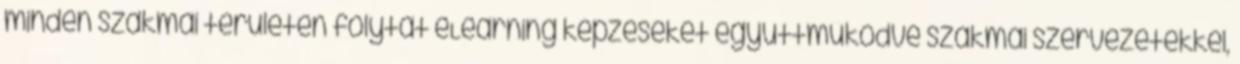
minden szakmai területen folytat eLearning képzéseket együttműködve szakmai szervezetekkel,